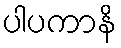
ပါပကာနိ